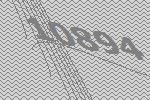
10894